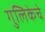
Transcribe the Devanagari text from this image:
गुलिकेचे